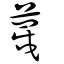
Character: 蔑